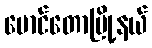
မောင်တောမြို့နယ်